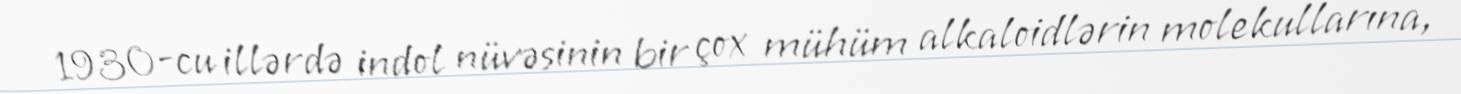
1930-cu illərdə indol nüvəsinin bir çox mühüm alkaloidlərin molekullarına,